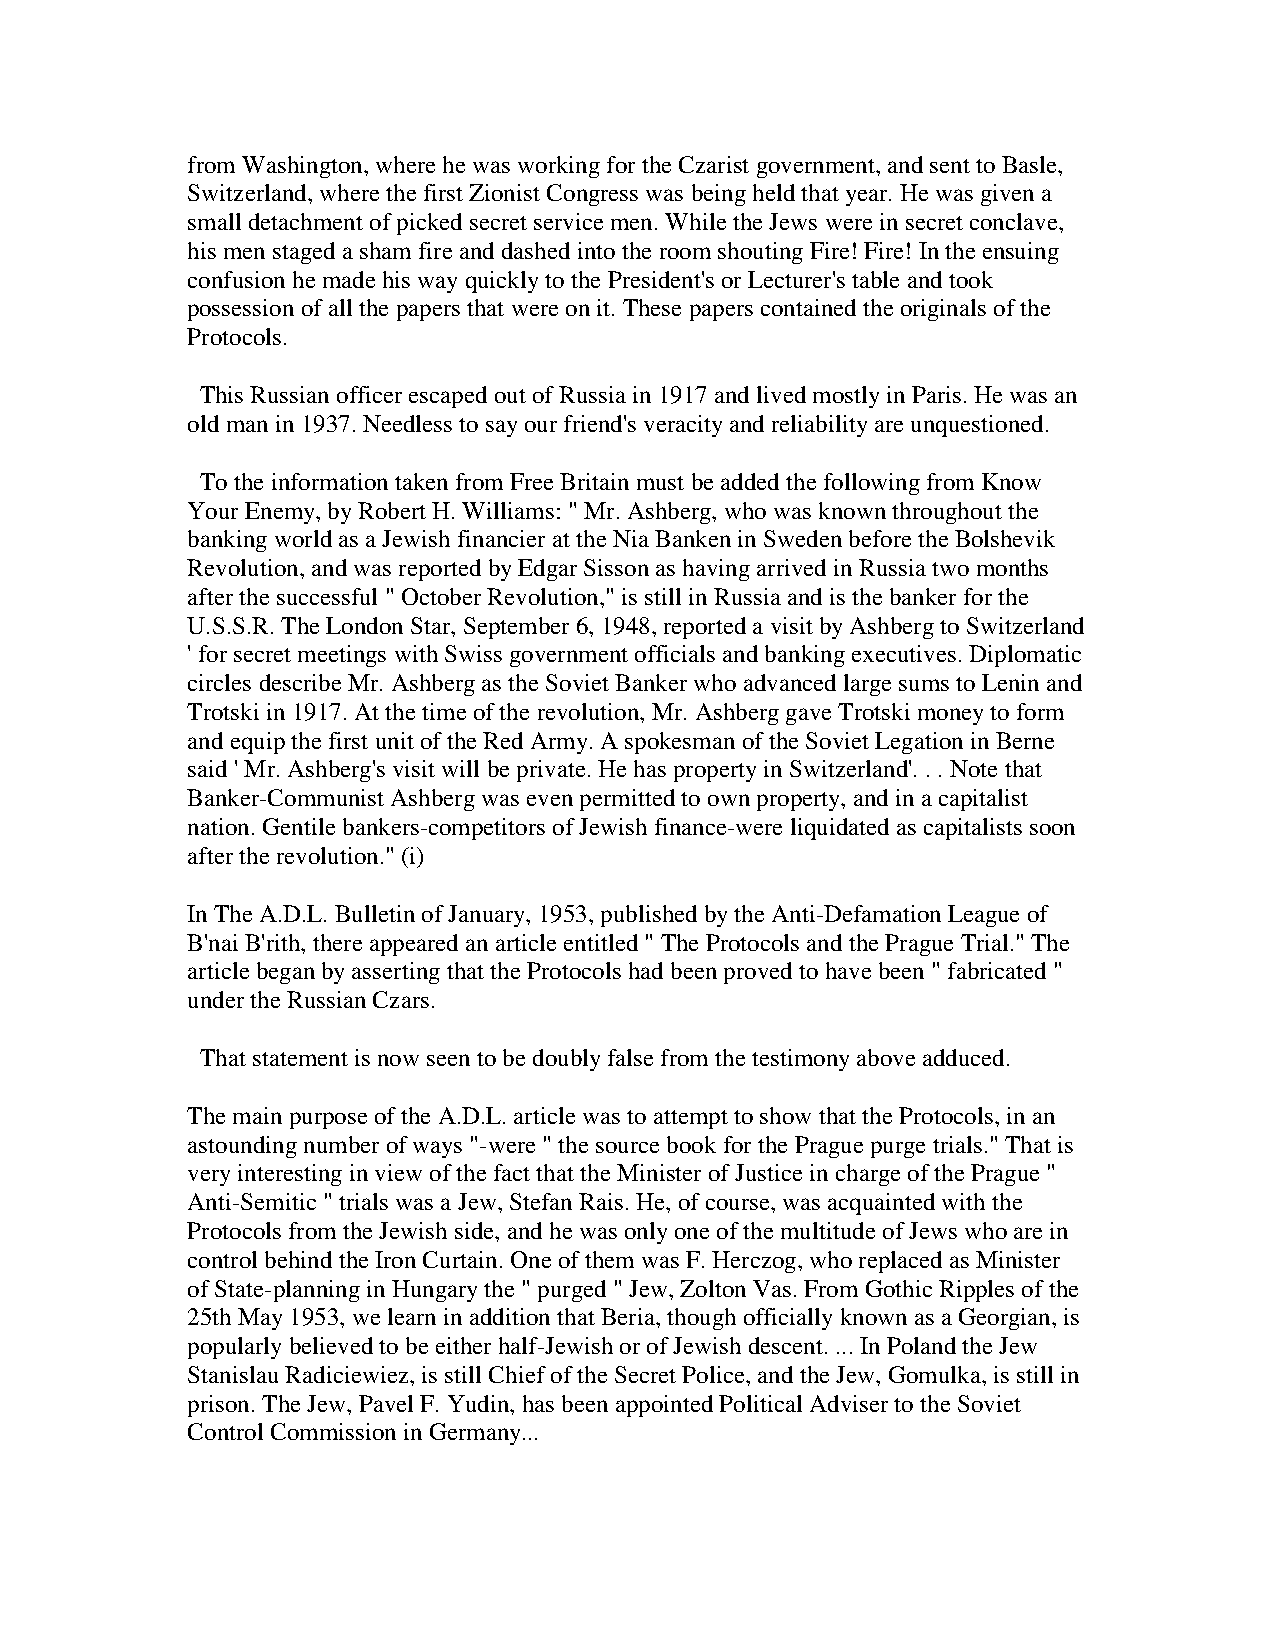
from Washington, where he was working for the Czarist government, and sent to Basle,
 Switzerland, where the first Zionist Congress was being held that year. He was given a
 small detachment of picked secret service men. While the Jews were in secret conclave,
 his men staged a sham fire and dashed into the room shouting Fire! Fire! In the ensuing
 confusion he made his way quickly to the President's or Lecturer's table and took
 possession of all the papers that were on it. These papers contained the originals of the
 Protocols.
 This Russian officer escaped out of Russia in 1917 and lived mostly in Paris. He was an
 old man in 1937. Needless to say our friend's veracity and reliability are unquestioned.
 To the information taken from Free Britain must be added the following from Know
 Your Enemy, by Robert H. Williams: " Mr. Ashberg, who was known throughout the
 banking world as a Jewish financier at the Nia Banken in Sweden before the Bolshevik
 Revolution, and was reported by Edgar Sisson as having arrived in Russia two months
 after the successful " October Revolution," is still in Russia and is the banker for the
 U.S.S.R. The London Star, September 6, 1948, reported a visit by Ashberg to Switzerland
 ' for secret meetings with Swiss government officials and banking executives. Diplomatic
 circles describe Mr. Ashberg as the Soviet Banker who advanced large sums to Lenin and
 Trotski in 1917. At the time of the revolution, Mr. Ashberg gave Trotski money to form
 and equip the first unit of the Red Army. A spokesman of the Soviet Legation in Berne
 said ' Mr. Ashberg's visit will be private. He has property in Switzerland'. . . Note that
 Banker-Communist Ashberg was even permitted to own property, and in a capitalist
 nation. Gentile bankers-competitors of Jewish finance-were liquidated as capitalists soon
 after the revolution." (i)
 In The A.D.L. Bulletin of January, 1953, published by the Anti-Defamation League of
 B'nai B'rith, there appeared an article entitled " The Protocols and the Prague Trial." The
 article began by asserting that the Protocols had been proved to have been " fabricated "
 under the Russian Czars.
 That statement is now seen to be doubly false from the testimony above adduced.
 The main purpose of the A.D.L. article was to attempt to show that the Protocols, in an
 astounding number of ways "-were " the source book for the Prague purge trials." That is
 very interesting in view of the fact that the Minister of Justice in charge of the Prague "
 Anti-Semitic " trials was a Jew, Stefan Rais. He, of course, was acquainted with the
 Protocols from the Jewish side, and he was only one of the multitude of Jews who are in
 control behind the Iron Curtain. One of them was F. Herczog, who replaced as Minister
 of State-planning in Hungary the " purged " Jew, Zolton Vas. From Gothic Ripples of the
 25th May 1953, we learn in addition that Beria, though officially known as a Georgian, is
 popularly believed to be either half-Jewish or of Jewish descent. ... In Poland the Jew
 Stanislau Radiciewiez, is still Chief of the Secret Police, and the Jew, Gomulka, is still in
 prison. The Jew, Pavel F. Yudin, has been appointed Political Adviser to the Soviet
 Control Commission in Germany...